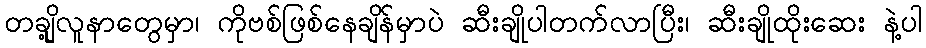
တချို့လူနာတွေမှာ၊ ကိုဗစ်ဖြစ်နေချိန်မှာပဲ ဆီးချိုပါတက်လာပြီး၊ ဆီးချိုထိုးဆေး နဲ့ပါ